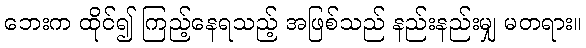
ဘေးက ထိုင်၍ ကြည့်နေရသည့် အဖြစ်သည် နည်းနည်းမျှ မတရား။